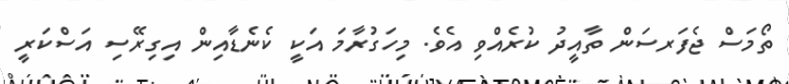
ތޯމަސް ޖެފަރސަން ތާއީދު ކުރެއްވި އެވެ. މިހަގުރާމަ އަކީ ކެނެޑާއިން އިގިރޭސި އަސްކަރީ